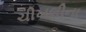
ચીખલીના